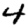
Digit: 4